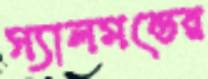
স্যালমন্ডের